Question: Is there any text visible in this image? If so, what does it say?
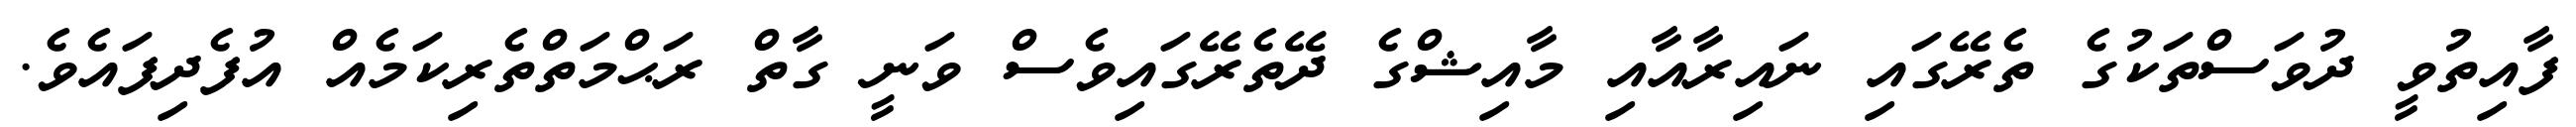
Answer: ފާއިތުވީ ދުވަސްތަކުގެ ތެރޭގައި ނައިރާއާއި މާއިޝްގެ ދޭތެރޭގައިވެސް ވަނީ ގާތް ރަޙްމަތްތެރިކަމެއް އުފެދިފައެވެ.